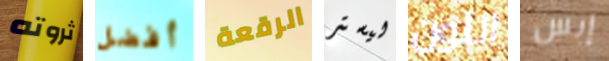
ثروته أفضل الرقعة ليستر اللون إبس